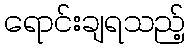
ရောင်းချရသည့်